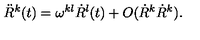
\ddot { R } ^ { k } ( t ) = \omega ^ { k l } \dot { R } ^ { l } ( t ) + O ( \dot { R } ^ { k } \dot { R } ^ { k } ) .